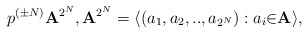
\begin{align*}p^{(\pm N)}{\bf A}^{2^{N}}, {\bf A}^{2^{N}}= \langle (a_1,a_2,..,a_{2^{N}}):a_i{\in} {\bf A}\rangle,\end{align*}